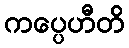
ကပ္ပေဟီတိ